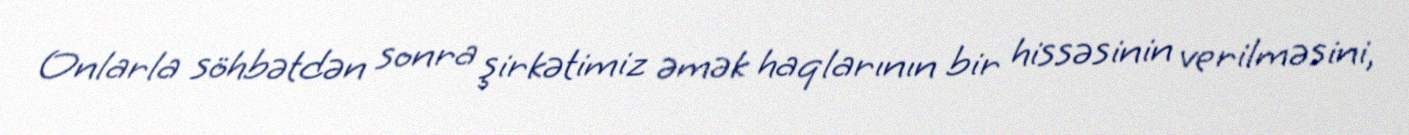
Onlarla söhbətdən sonra şirkətimiz əmək haqlarının bir hissəsinin verilməsini,